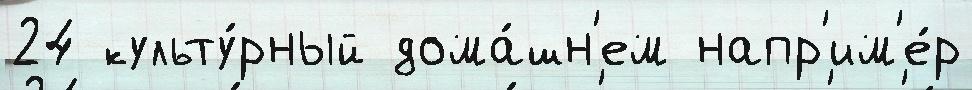
24 культу́рный дома́шн'ем напр'им'е́р